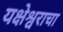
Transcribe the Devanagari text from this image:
यक्षेश्वराचा